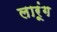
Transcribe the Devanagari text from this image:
लारूंग